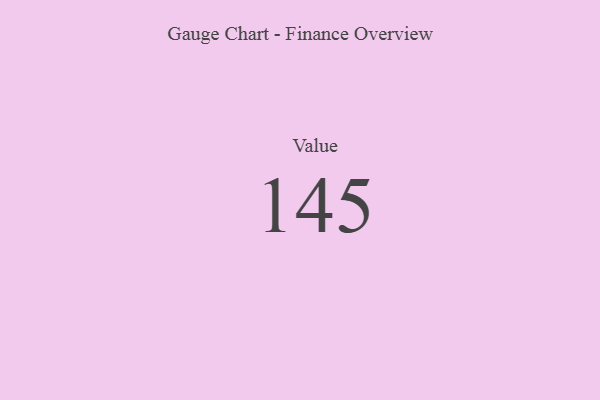
{"axis": {"x": "Metric", "y": "Value"}, "legend": [""], "data": [{"x": "Value", "y": 145, "type": ""}]}